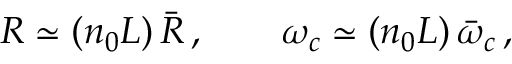
R \simeq ( n _ { 0 } L ) \, \bar { R } \, , \qquad \omega _ { c } \simeq ( n _ { 0 } L ) \, \bar { \omega } _ { c } \, ,